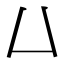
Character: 𠙴